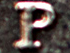
P